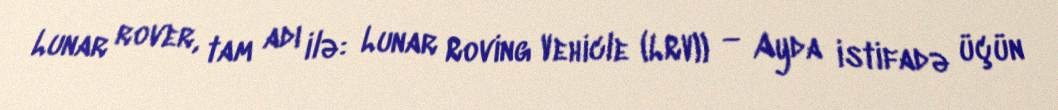
Lunar rover, tam adı ilə: Lunar Roving Vehicle (LRV)) — Ayda istifadə üçün